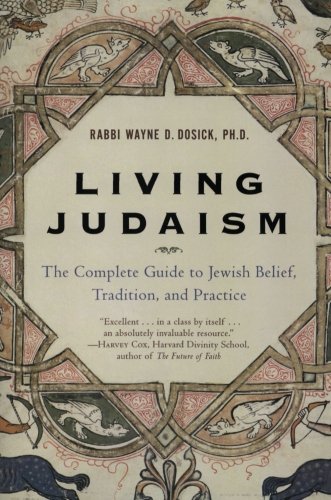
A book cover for Living Judaism: The Complete Guide to Jewish Belief, Tradition, and Practice; Wayne D. Dosick; Religion & Spirituality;